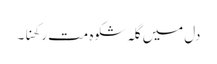
دل میں گلہ شکوہ مت رکھنا۔